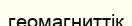
геомагниттік